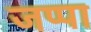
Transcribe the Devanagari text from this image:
जप्पा